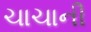
ચાચાની